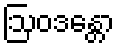
ဩဝဒန္တော